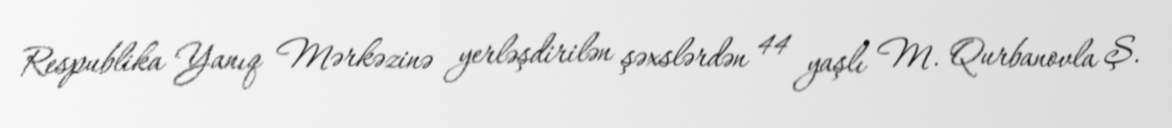
Respublika Yanıq Mərkəzinə yerləşdirilən şəxslərdən 44 yaşlı M. Qurbanovla Ş.